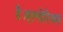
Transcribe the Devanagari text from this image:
है।एल्गोरिथम